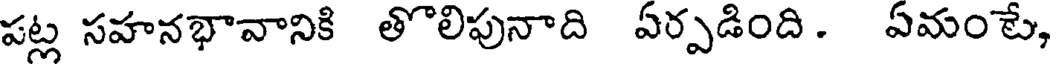
పట్ల సహనభావానికి తొలిపునాది ఏర్పడింది . ఏమంటే,